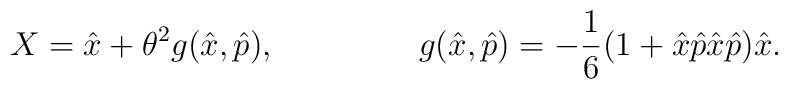
X=\hat{x}+\theta^{2} g(\hat{x},\hat{p}), \hspace{1.8 cm} g(\hat{x},\hat{p})=-\frac{1}{6}(1+\hat{x}\hat{p}\hat{x}\hat{p})\hat{x}.